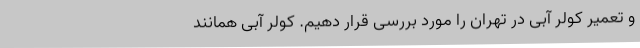
و تعمیر کولر آبی در تهران را مورد بررسی قرار دهیم. کولر آبی همانند